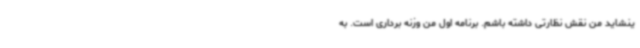
ینشاید من نقش نظارتی داشته باشم. برنامه اول من وزنه برداری است. به